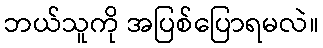
ဘယ်သူကို အပြစ်ပြောရမလဲ။